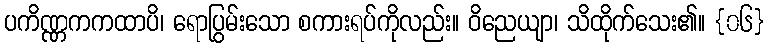
ပကိဏ္ဏကကထာပိ၊ ရောပြွမ်းသော စကားရပ်ကိုလည်း။ ဝိညေယျာ၊ သိထိုက်သေး၏။ {၀၆}